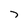
Character: 7